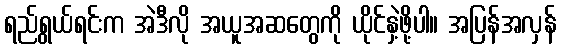
ရည်ရွယ်ရင်းက အဲဒီလို အယူအဆတွေကို ယိုင်နှဲ့ဖို့ပါ။ အပြန်အလှန်